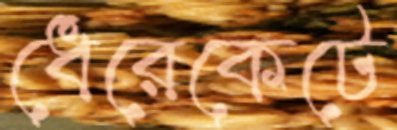
ধেরেকেটে